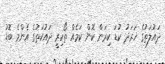
ދައުލަތުގެ ޚަރަދު ކުޑަ ކިރަން ކޮން ކަމެއް ތޯކިރީ ދައުކަތުގެ އެންމެ ބޮޑު